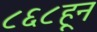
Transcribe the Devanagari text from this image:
८६८हून